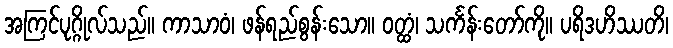
အကြင်ပုဂ္ဂိုလ်သည်။ ကာသာဝံ၊ ဖန်ရည်စွန်းသော။ ဝတ္ထံ၊ သင်္ကန်းတော်ကို။ ပရိဒဟိဿတိ၊